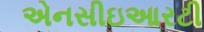
એનસીઇઆરટી